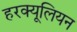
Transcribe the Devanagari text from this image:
हरक्यूलियन